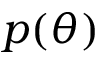
p ( \theta )